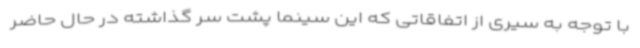
با توجه به سیری از اتفاقاتی که این سینما پشت سر گذاشته در حال حاضر